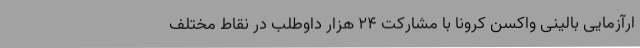
ارآزمایی بالینی واکسن کرونا با مشارکت ۲۴ هزار داوطلب در نقاط مختلف